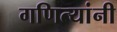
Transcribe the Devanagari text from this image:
गणित्यांनी